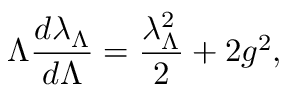
\Lambda { \frac { d \lambda _ { \Lambda } } { d \Lambda } } = { \frac { \lambda _ { \Lambda } ^ { 2 } } { 2 } } + 2 g ^ { 2 } ,